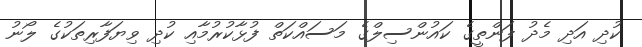
ކުދި އަދި މެދު ފަންތީގެ ކައުންސިލްގެ މަސައްކަތް ފުޅާކުރުމާއި ކުދި ވިޔަފާރިތަކުގެ ލޯނު